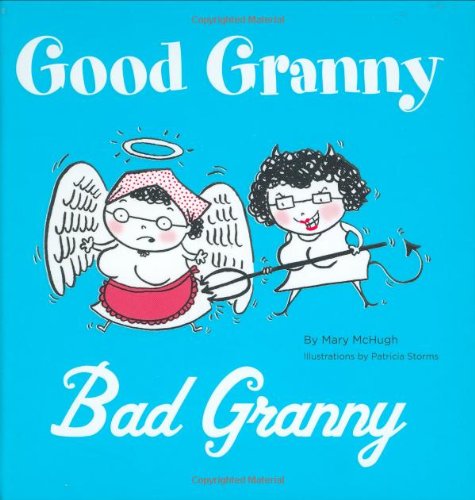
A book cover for Good Granny/Bad Granny; Mary McHugh; Humor & Entertainment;